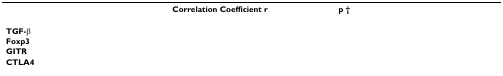
<table><thead><tr><td>[EMPTY_CELL]</td><td><b>Correlation Coefficient r</b></td><td><b>p †</b></td></tr></thead><tbody><tr><td><b>TGF-β </b></td><td>[EMPTY_CELL]</td><td>[EMPTY_CELL]</td></tr><tr><td><b>Foxp3</b></td><td>[EMPTY_CELL]</td><td>[EMPTY_CELL]</td></tr><tr><td><b>GITR</b></td><td>[EMPTY_CELL]</td><td>[EMPTY_CELL]</td></tr><tr><td><b>CTLA4</b></td><td>[EMPTY_CELL]</td><td>[EMPTY_CELL]</td></tr></tbody></table>